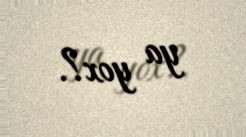
ya yox?.